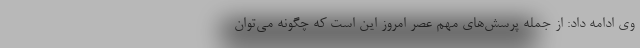
وی ادامه داد: از جمله پرسش‌های مهم عصر امروز این است که چگونه می‌توان